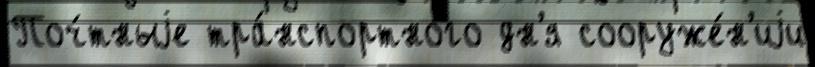
Поч́тныjе тра́нспортного дн'я сооруже́н'иjи